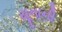
યૂનાની